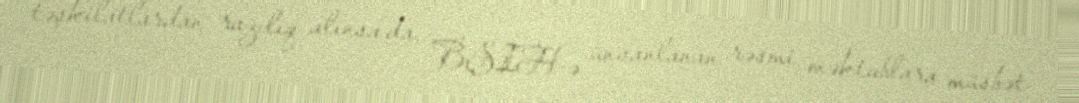
təşkilatlardan razılıq alınsa da, BŞİH-ə ünvanlanan rəsmi məktublara müsbət